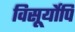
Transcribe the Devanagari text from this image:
विसूर्योपि